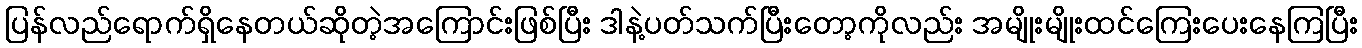
ပြန်လည်ရောက်ရှိနေတယ်ဆိုတဲ့အကြောင်းဖြစ်ပြီး ဒါနဲ့ပတ်သက်ပြီးတော့ကိုလည်း အမျိုးမျိုးထင်ကြေးပေးနေကြပြီး